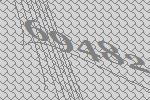
69482